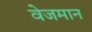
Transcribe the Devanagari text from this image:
वेजमान